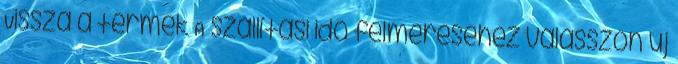
Vissza a termék A szállítási idő felméréséhez válasszon új